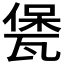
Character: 𤭭